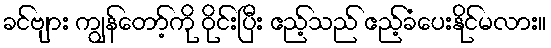
ခင်ဗျား ကျွန်တော့်ကို ဝိုင်းပြီး ဧည့်သည် ဧည့်ခံပေးနိုင်မလား။